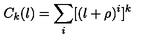
C _ { k } ( l ) = \sum _ { i } [ ( l + \rho ) ^ { i } ] ^ { k } \makebox [ 2 i n ] { f o r k \geq 2 }